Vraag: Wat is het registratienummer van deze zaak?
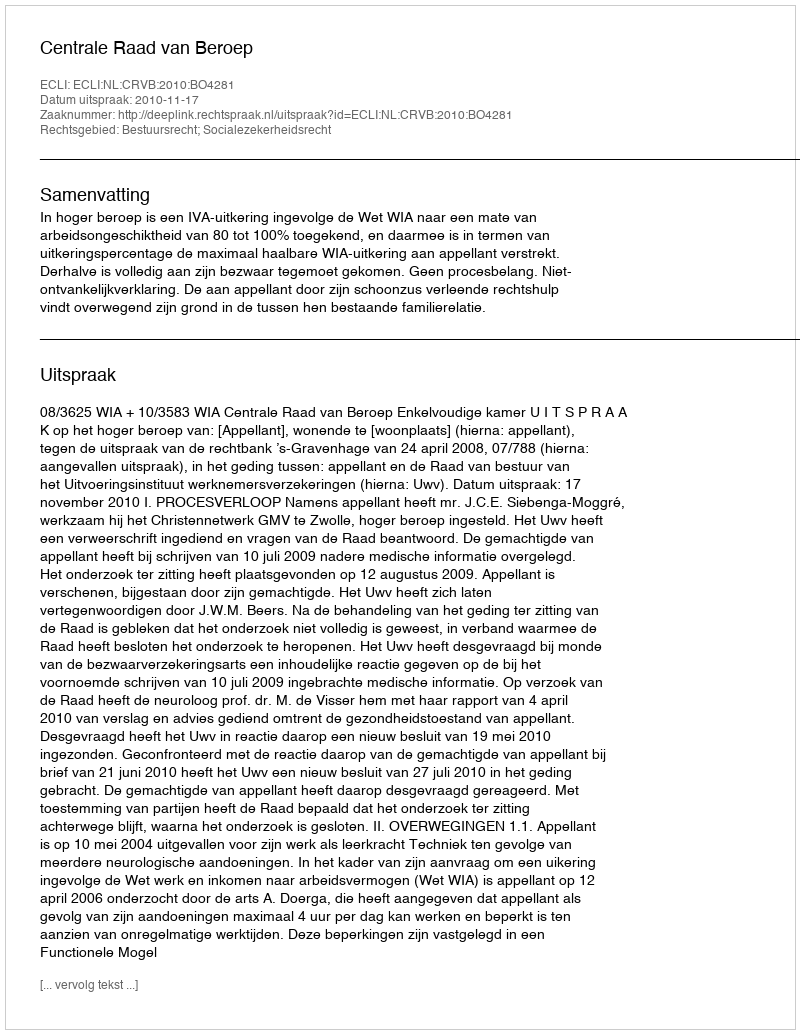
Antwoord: http://deeplink.rechtspraak.nl/uitspraak?id=ECLI:NL:CRVB:2010:BO4281